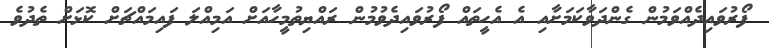
ފޯރުވައިދެއްވަމުން ގެންދަވާކަމަށާއި އެ އެހީތައް ފޯރުވައިދެވުމުން ރައްޔިތުމީހާއަށް އަމިއްލަ ފައިމައްޗަށް ކޮޅަށް ތެދުވެ